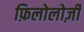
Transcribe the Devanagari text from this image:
फ़िलोलोज़ी